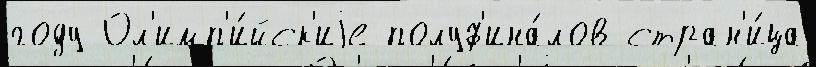
году Ол'имп'и́йск'иjе полуф'ина́лов стран'и́ца